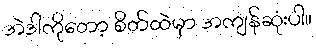
အဲဒါကိုတော့ စိတ်ထဲမှာ အကျန်ဆုံးပါ။